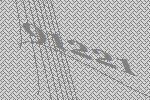
91221